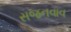
સજનવાવ